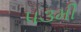
૫૩મી